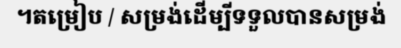
។តម្រៀប / សម្រង់ដើម្បីទទួលបានសម្រង់